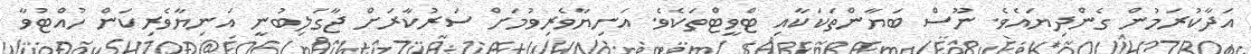
އަދާކުރަމުން ގެންދިޔައެވެ. ނޫސް ބަޔާންތަކަކާއި ޓްވީޓްތަކެވެ. އަނިޔާވެރިވުމަށް ސަރުކާރަށް ޖާގަލިބުނީ އަނިޔާވެރިކަން ހުއްޓުވާ